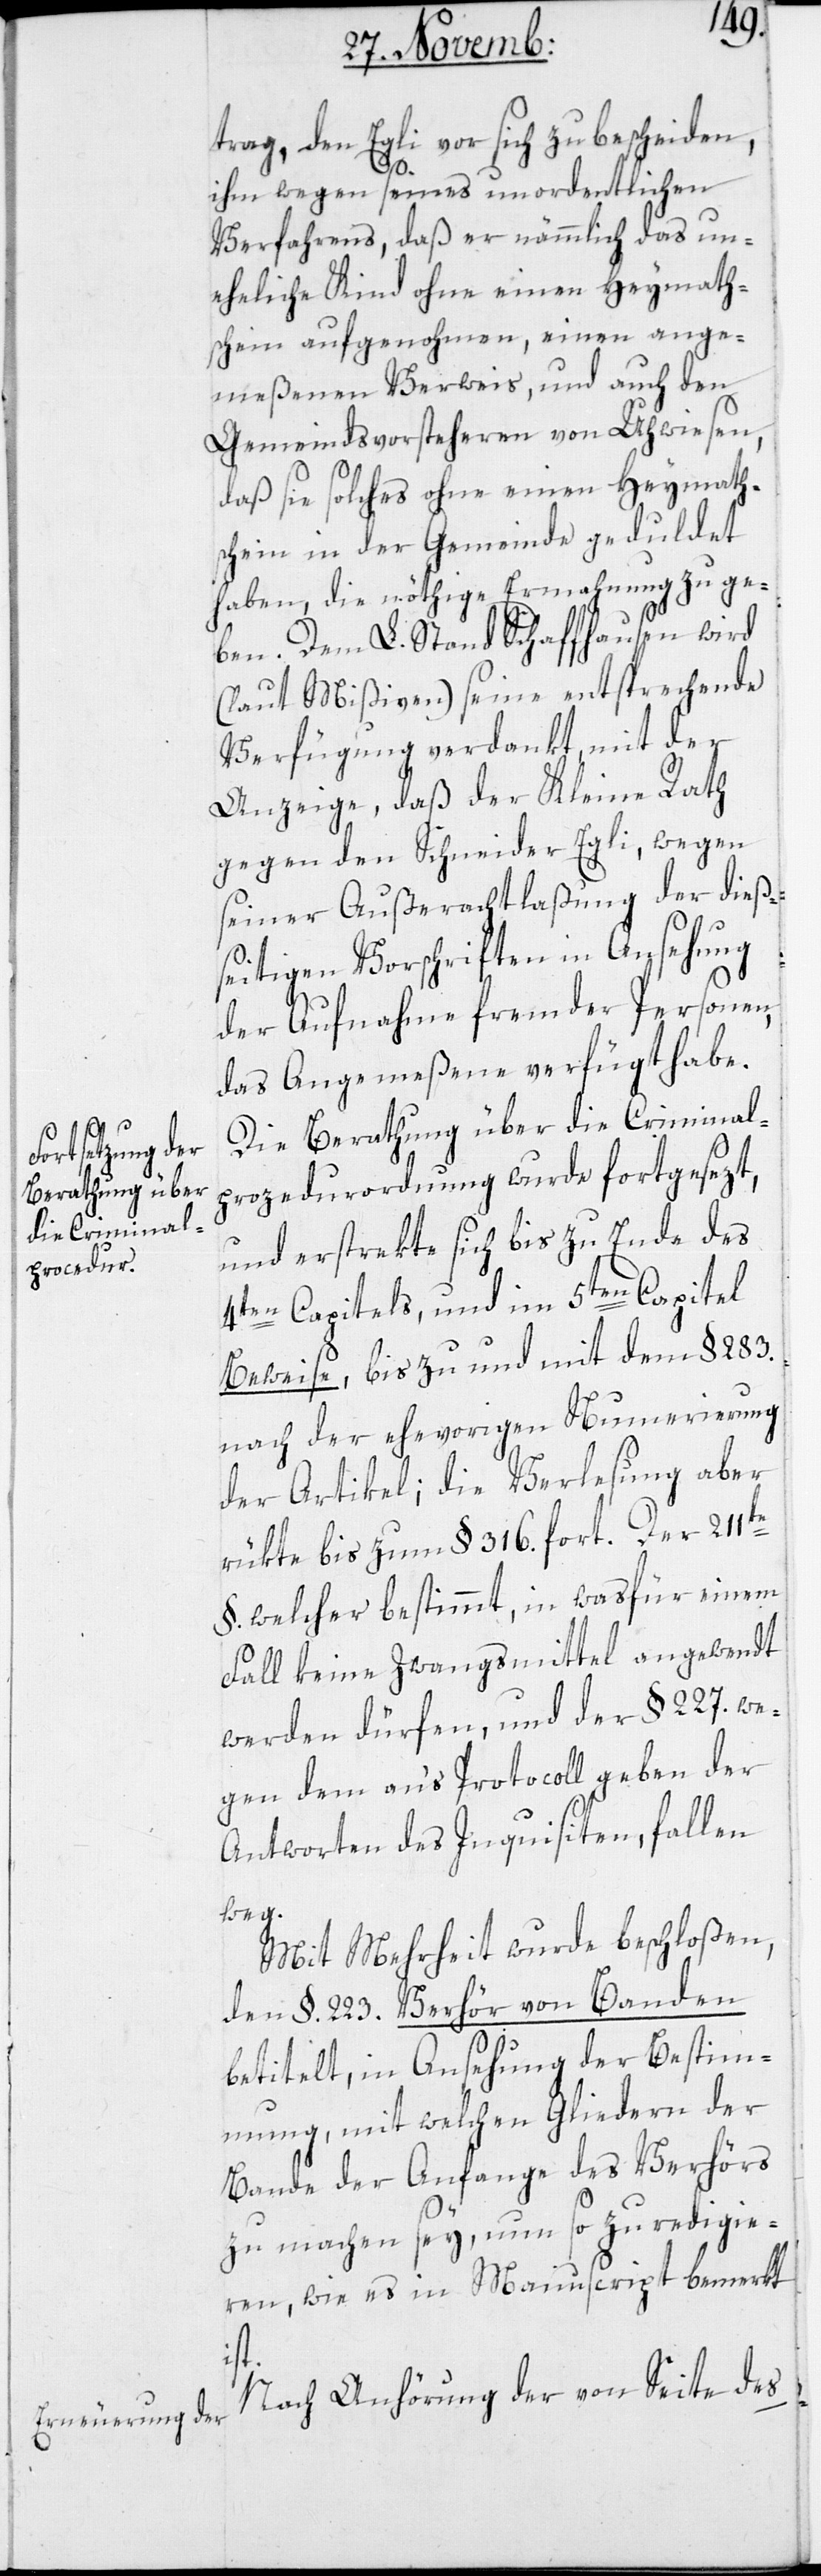
trag, den Egli vor sich zu bescheiden,
ihm wegen seines unordentlichen
Verfahrens, daß er nämmlich das un¬
eheliche Kind ohne einen Heymath¬
schein aufgenohmen, einen ange¬
meßenen Verweis, und auch den
Gemeindsvorsteheren von Uhwiesen,
daß sie solches ohne einen Heymath¬
schein in der Gemeinde geduldet
haben, die nöthige Ermahnung zu ge¬
ben. Dem L. Stand Schaffhausen wird
(laut Mißiven) seine entsprechende
Verfügung verdankt, mit der
Anzeige, daß der Kleine Rath
gegen den Schneider Egli, wegen
seiner Außerachtlaßung der dieß¬
eitigen Vorschriften in Ansehung
der Aufnahme fremder Personen,
das Angemeßene verfügt habe.
Die Beratung über die Criminal¬
prozedur-Ordnung wurde fortgesezt,
und erstrekte sich bis zu Ende des
4ten Capitels, und im 5ten Capitel
Beweise, bis zu und mit dem §. 283.
nach der ehevorigen Numerierung
der Artikel; die Verlesung aber
rükte bis zum §. 316. fort. Der 211te
§. welcher bestimmt, in was für einem
Fall keine Zwangsmittel angwendt
werden dürfen, und der § 227. we¬
gen dem an‘s Protcoll geben der
Antworten des Inquisiten, fallen
weg.
Mit Mehrheit wurde beschloßen,
den §. 223. Verhör von Banden
betitelt, in Ansehung der Bestim¬
mung, mit welchen Gliedern der
Bande der Anfange des Verhörs
zu machen sey, nun so zu redigie¬
ren, wie es in Manuscript bemerkt
ist.
Nach Anhörung der von Seite des